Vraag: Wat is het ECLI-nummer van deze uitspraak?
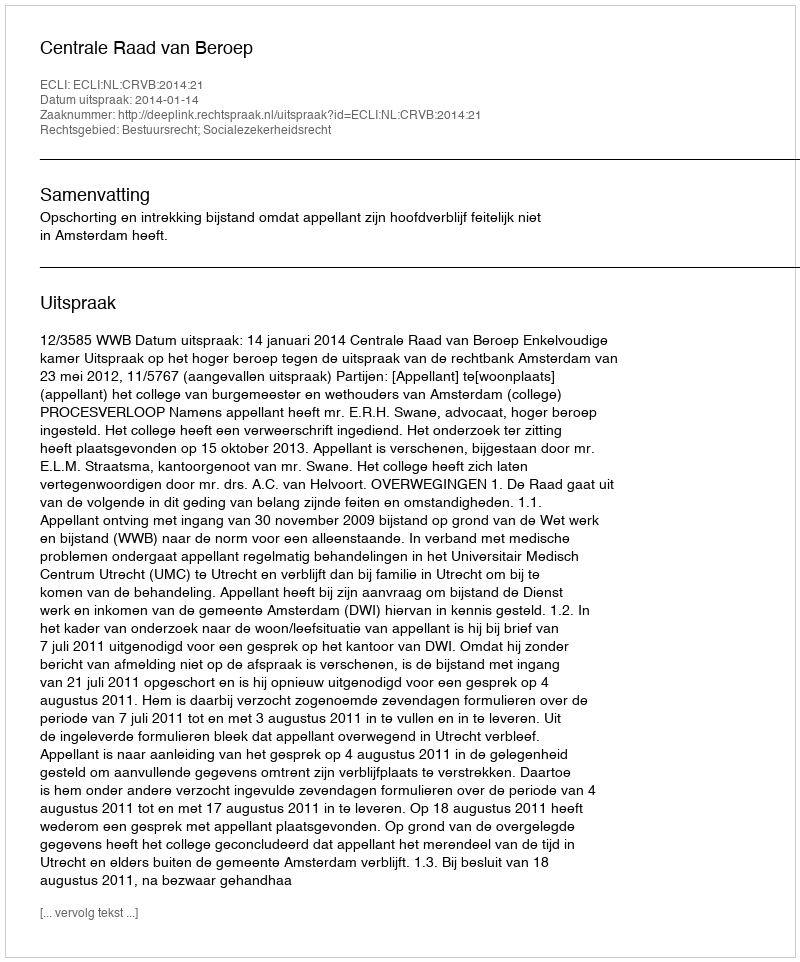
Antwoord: ECLI:NL:CRVB:2014:21